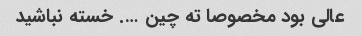
عالی بود مخصوصا ته چین …. خسته نباشید